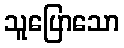
သူပြောသော